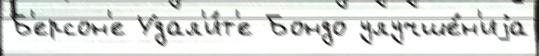
Б'ерсон'е Удал'и́т'е Бондо улучше́н'иjа